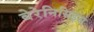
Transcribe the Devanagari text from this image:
बेरेनिसिड्स